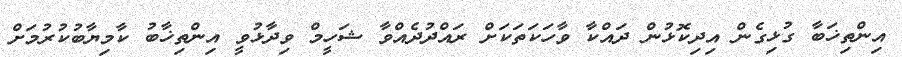
އިންތިޚަބާ ގުޅިގެން އިދިކޮޅުން ދައްކާ ވާހަކަތަކަށް ރައްދުދެއްވާ ޝަހީމް ވިދާޅުވީ އިންތިޚާބު ކާމިޔާބުކުރުމަށް